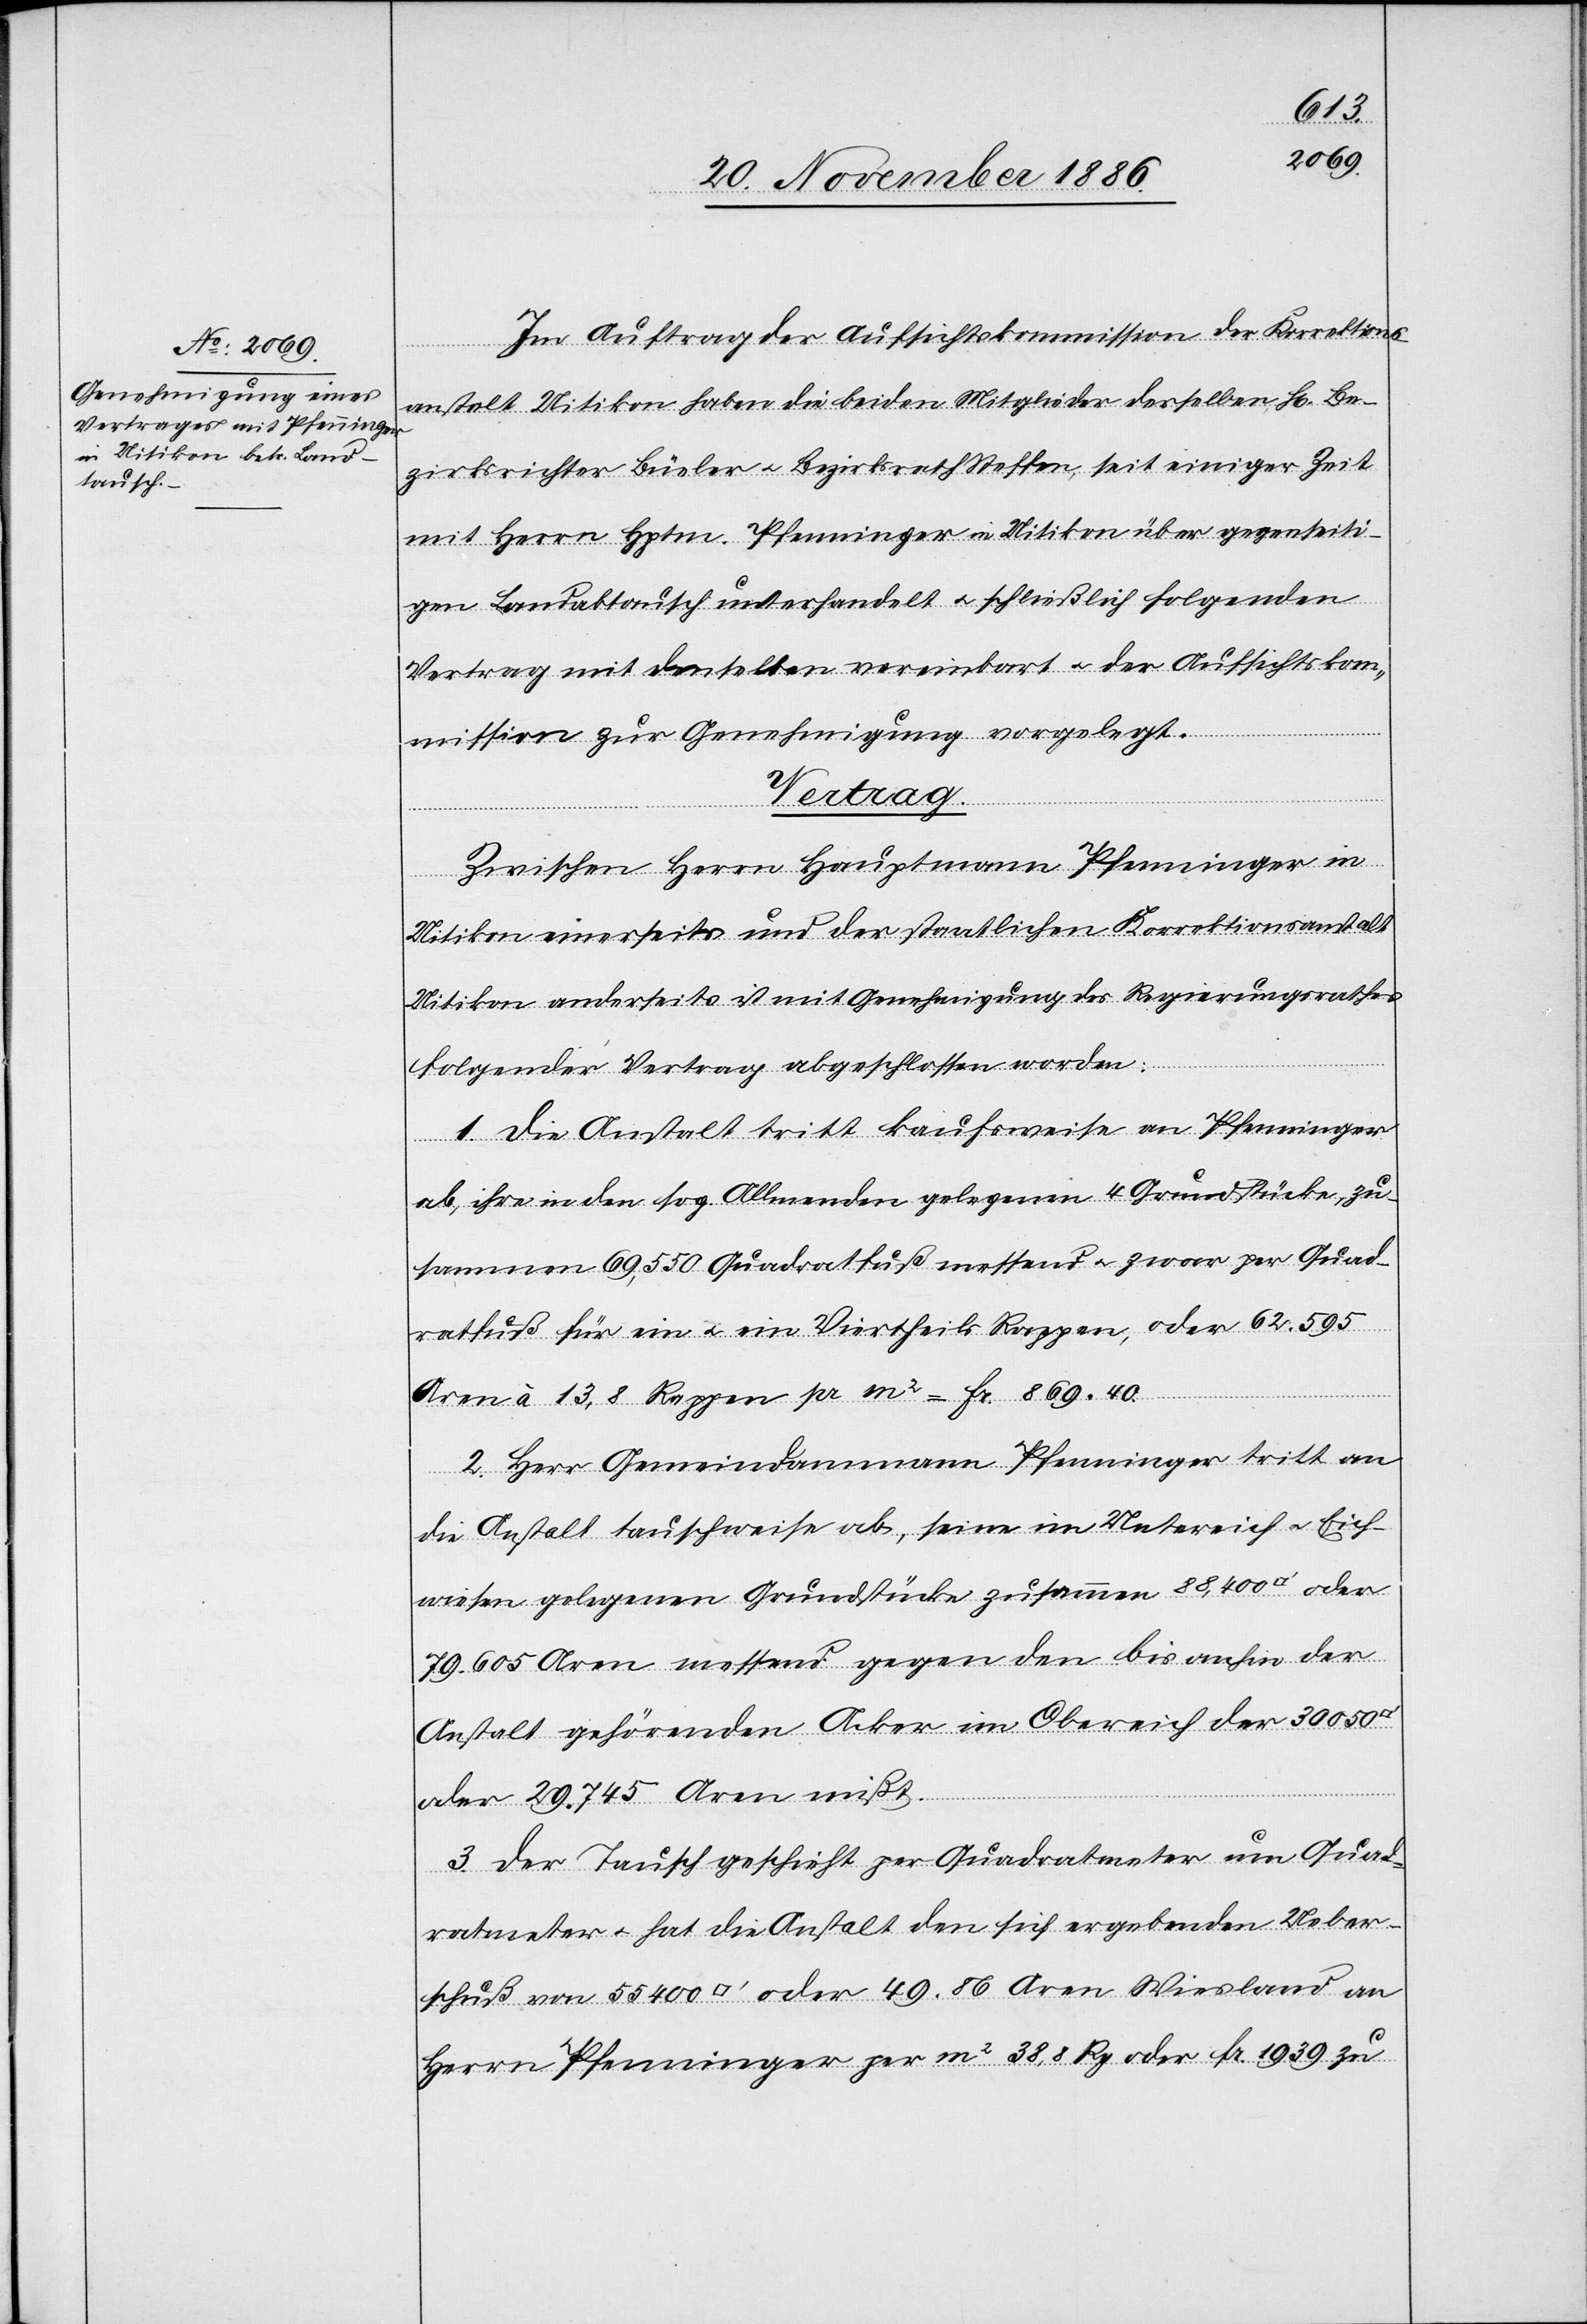
Im Auftrag der Aufsichtskommission der Korrektions¬
atfuss]
anstalt Uitikon haben die beiden Mitglieder derselben, H[errn] Be¬
zirksrichter Büeler & Bezirksrath Steffen, seit einiger Zeit
mit Herrn Hptm. Pfenninger in Uitikon über gegenseiti¬
gen Landabtausch unterhandelt & schließlich folgenden
Vertrag mit denselben vereinbart & der Aufsichtskom¬
mission zur Genehmigung vorgelegt.
oder
Vertrag.
Zwischen Herrn Hauptmann Pfenninger in
Uitikon einerseits und der staatlichen Korrektionsanstalt
Uitikon anderseits ist mit Genehmigung des Regierungsrathes
folgender Vertrag abgeschlossen worden:
1. Die Anstalt tritt kaufsweise an Pfenninger
ab, ihre in den sog. Allmenden gelegenen 4 Grundstücke, zu¬
sammen 69,550 Quadratfuß messend & zwar per Quad¬
ratfuß für ein & ein Viertheils Rappen, oder 62.595
Aren à 13,8 Rappen pr m2 = Fr. 869 40.
2. Herr Gemeindammann Pfenninger tritt an
die Anstalt tauschweise ab, seine im Untereich & Eich¬
wiesen gelegenen Grundstücke zusammen 88,400 [Quadr¬
79.605 Aren messend gegen den bis anhin der
Anstalt gehörenden Acker im Obereich der 30 050
oder 29.745 Aren mißt.
3. Der Tausch geschieht per Quadratmeter um Quad¬
ratmeter & hat die Anstalt den sich ergebenden Ueber¬
schuß von 55 400 [Quadratfuss] oder 49.86 Aren Wiesland an
Herrn Pfenninger per m2 38,8 Rp. oder Fr. 1939 zu